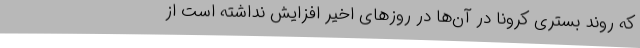
که روند بستری کرونا در آن‌ها در روزهای اخیر افزایش نداشته‌ است از